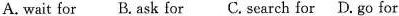
A.wait for B.ask for C.search for D.go for